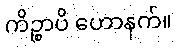
ကိဉ္စာပိ ဟောနက်။